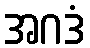
အဂဒံ